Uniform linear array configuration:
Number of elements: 64
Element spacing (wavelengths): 0.5
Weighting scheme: uniform
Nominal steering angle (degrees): -30
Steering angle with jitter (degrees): -28.617
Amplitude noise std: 0.05
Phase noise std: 0.05

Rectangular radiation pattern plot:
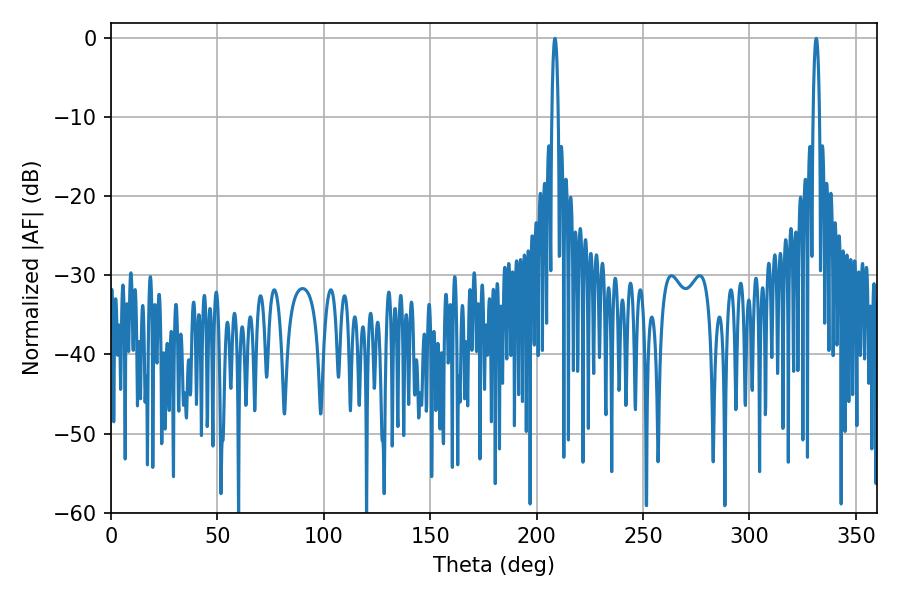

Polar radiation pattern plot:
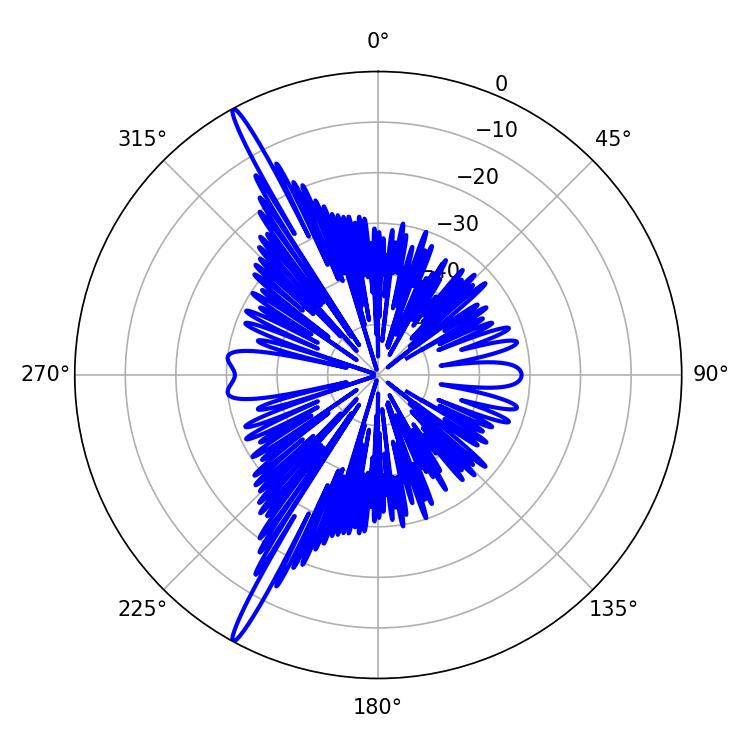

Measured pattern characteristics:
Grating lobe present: FALSE
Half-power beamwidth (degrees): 1.8
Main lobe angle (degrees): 208.62